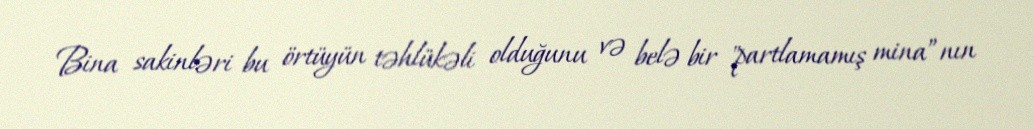
Bina sakinləri bu örtüyün təhlükəli olduğunu və belə bir "partlamamış mina”nın